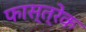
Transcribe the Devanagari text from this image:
फास्त्रेक